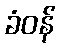
ခံဝန်